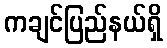
ကချင်ပြည်နယ်ရှိ